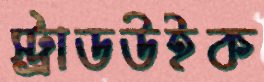
স্ট্রাডউইক